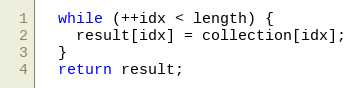
Language: JavaScript
  while (++idx < length) {
    result[idx] = collection[idx];
  }
  return result;